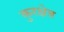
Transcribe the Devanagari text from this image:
कुरक्षेत्र